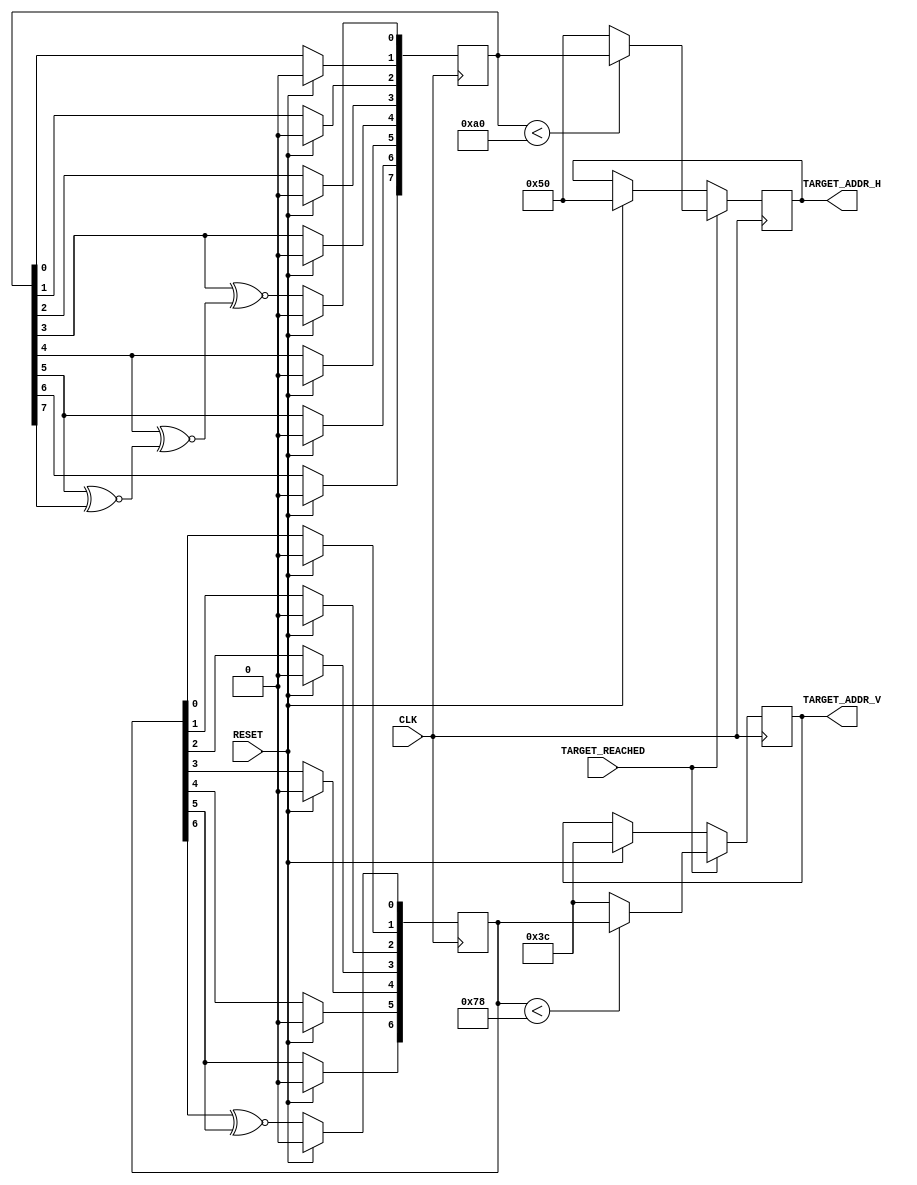
`timescale 1ns / 1ps
//////////////////////////////////////////////////////////////////////////////////
// Company: 
// Engineer: 
// 
// Design Name: 
// Module Name: random_num_gen
// Project Name: 
// Target Devices: 
// Tool Versions: 
// Description: 
// 
// Dependencies: 
// 
// Revision:
// Revision 0.01 - File Created
// Additional Comments:
// 
//////////////////////////////////////////////////////////////////////////////////

module random_num_gen(
        input RESET,
        input CLK,
        input TARGET_REACHED,
        output reg [7:0] TARGET_ADDR_H,
        output reg [6:0] TARGET_ADDR_V
    );
    
    reg [7:0] LFSR_1;
    reg [6:0] LFSR_2;
    
    wire R_INPUT_1 = (LFSR_1[3] ~^ (LFSR_1[4] ~^ (LFSR_1[5] ~^ LFSR_1[7])));
    wire R_INPUT_2 = LFSR_2[6] ~^ LFSR_2[5];
    
   
    // Two registers exist in order to generate two random coordinates every clock cycle
    // One of them corresponds to the horizontal ccordinate, the other one -- to the 
    // vertical one.
    // Both registers are initially set to a certain value.

    initial begin
    LFSR_1 = 8'b0001000;
    TARGET_ADDR_H = 8'b01010000;
    end
    
    initial begin
    LFSR_2 = 7'b0001000;
    TARGET_ADDR_V = 7'b0111100;
    end
    
    // To generate a random number LFSR concept is used.
    // For the 8-bit shift register, the input value is generated from 4 XNOR gates
    // connected to 4 bits of the register.
    
    always@(posedge CLK) begin
        if(RESET)
        LFSR_1 <= 8'b00000000;
        else begin
        LFSR_1[7] <= LFSR_1[6];
        LFSR_1[6] <= LFSR_1[5];
        LFSR_1[5] <= LFSR_1[4];
        LFSR_1[4] <= LFSR_1[3];
        LFSR_1[3] <= LFSR_1[2];
        LFSR_1[2] <= LFSR_1[1];
        LFSR_1[1] <= LFSR_1[0];
        LFSR_1[0] <= R_INPUT_1;
        end
    end    
    
     // For the 7-bit shift register, the input value is generated from 2 XNOR gates
     // connected to 2 bits of the register.
    
    always@(posedge CLK) begin
        if(RESET) 
        LFSR_2 <= 7'b0000000;
        
        else begin
        LFSR_2[6] <= LFSR_2[5];
        LFSR_2[5] <= LFSR_2[4];
        LFSR_2[4] <= LFSR_2[3];
        LFSR_2[3] <= LFSR_2[2];
        LFSR_2[2] <= LFSR_2[1];
        LFSR_2[1] <= LFSR_2[0];
        LFSR_2[0] <= R_INPUT_2;
        end
     end
 
     // The values of LFSR_1 and LFSR_2 are assigned to be target address coordinates only
     // if the are within the range of the screen and the TARGET_REACHED signal is received. 
     // The following condditions are designed to check whether the generated numbers are correct.
     // If the conditions are not satisfied, target is set in the middle of the screen. 
 
     always@(posedge CLK) begin
        if (TARGET_REACHED) begin
            if (LFSR_1 < 160)
            TARGET_ADDR_H <= LFSR_1;
            else
            TARGET_ADDR_H <= 80;
            
            if(LFSR_2 < 120)
            TARGET_ADDR_V <= LFSR_2;
            else 
            TARGET_ADDR_V <= 60;
            end
        else if(RESET) begin
            TARGET_ADDR_H <= 80;
            TARGET_ADDR_V <= 60;
            end
     end
     
    
endmodule